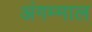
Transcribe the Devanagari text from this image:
अंगम्माल